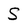
Character: S